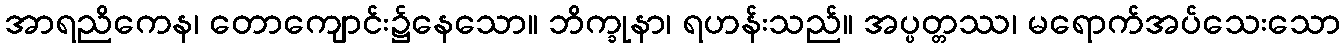
အာရညိကေန၊ တောကျောင်း၌နေသော။ ဘိက္ခုနာ၊ ရဟန်းသည်။ အပ္ပတ္တဿ၊ မရောက်အပ်သေးသော